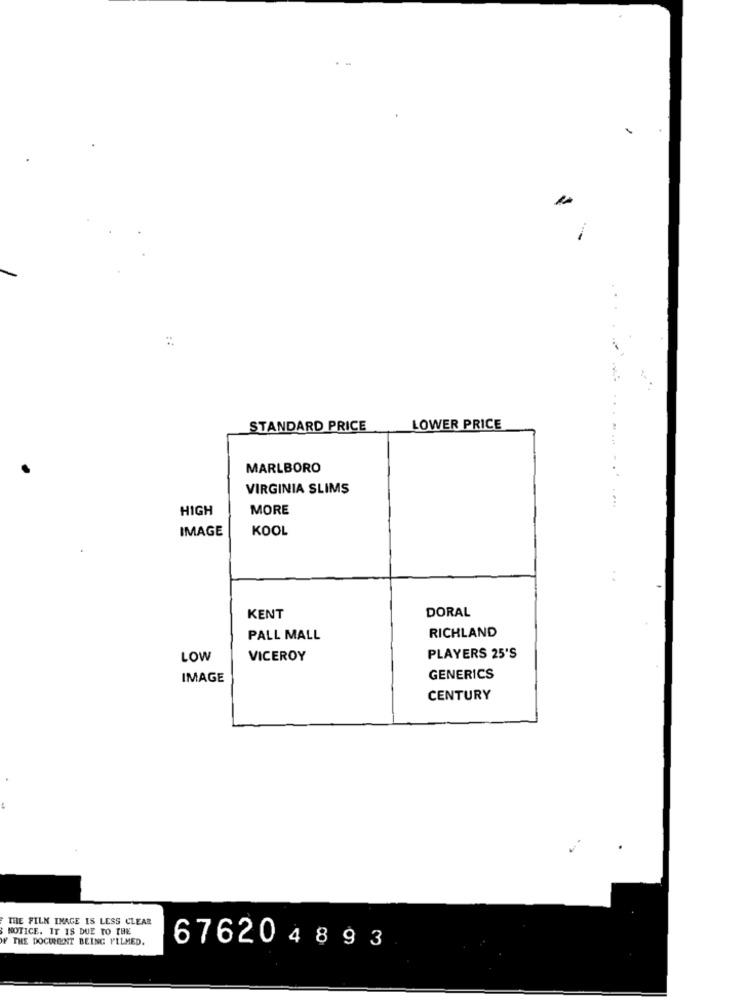
...
::
STANDARD PRICE
LOWER PRICE
MARLBORO
VIRGINIA SLIMS
HIGH
MORE
IMAGE
KOOL
:
DORAL
KENT
RICHLAND
PALL MALL
LOW
VICEROY
PLAYERS 25'S
IMAGE
GENERICS
CENTURY
$
THE FILM IMAGE IS LESS CLEAR
NOTICE. IT IS DUE TO THE
WF THE DOCUMENT BEING FILMED.
676204893